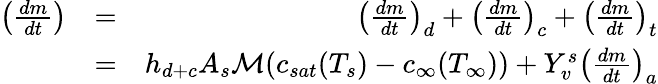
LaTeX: \begin{array}{rlr}{\left(\frac{dm}{dt}\right)}&{=}&{\left(\frac{dm}{dt}\right)_{d}+\left(\frac{dm}{dt}\right)_{c}+\left(\frac{dm}{dt}\right)_{t}}\\ &{=}&{h_{d+c}A_{s}\mathcal{M}(c_{sat}(T_{s})-c_{\infty}(T_{\infty}))+Y_{v}^{s}\left(\frac{dm}{dt}\right)_{a}}\end{array}